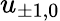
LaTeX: u_{\pm 1,0}